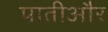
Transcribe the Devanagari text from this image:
पातीऔर